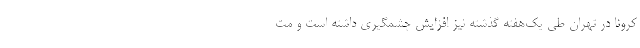
کرونا در تهران طی یک‌هفته گذشته نیز افزایش چشمگیری داشته است و مت